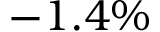
- 1 . 4 \%